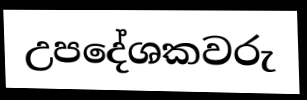
උපදේශකවරු